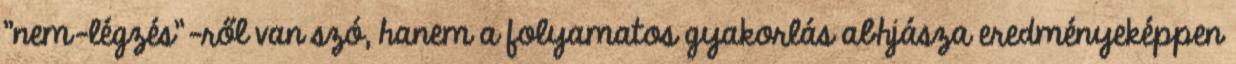
"nem-légzés"-ről van szó, hanem a folyamatos gyakorlás abhjásza eredményeképpen